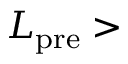
L _ { \mathrm { p r e } } >